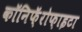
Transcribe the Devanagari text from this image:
कॉनिफ़ॅरोफ़ाइटा